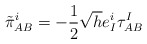
\begin{align*}\tilde{\pi}^{i}_{AB}= -\frac{1}{2}\sqrt{h}e^{i}_{I}\tau^{I}_{AB}\end{align*}